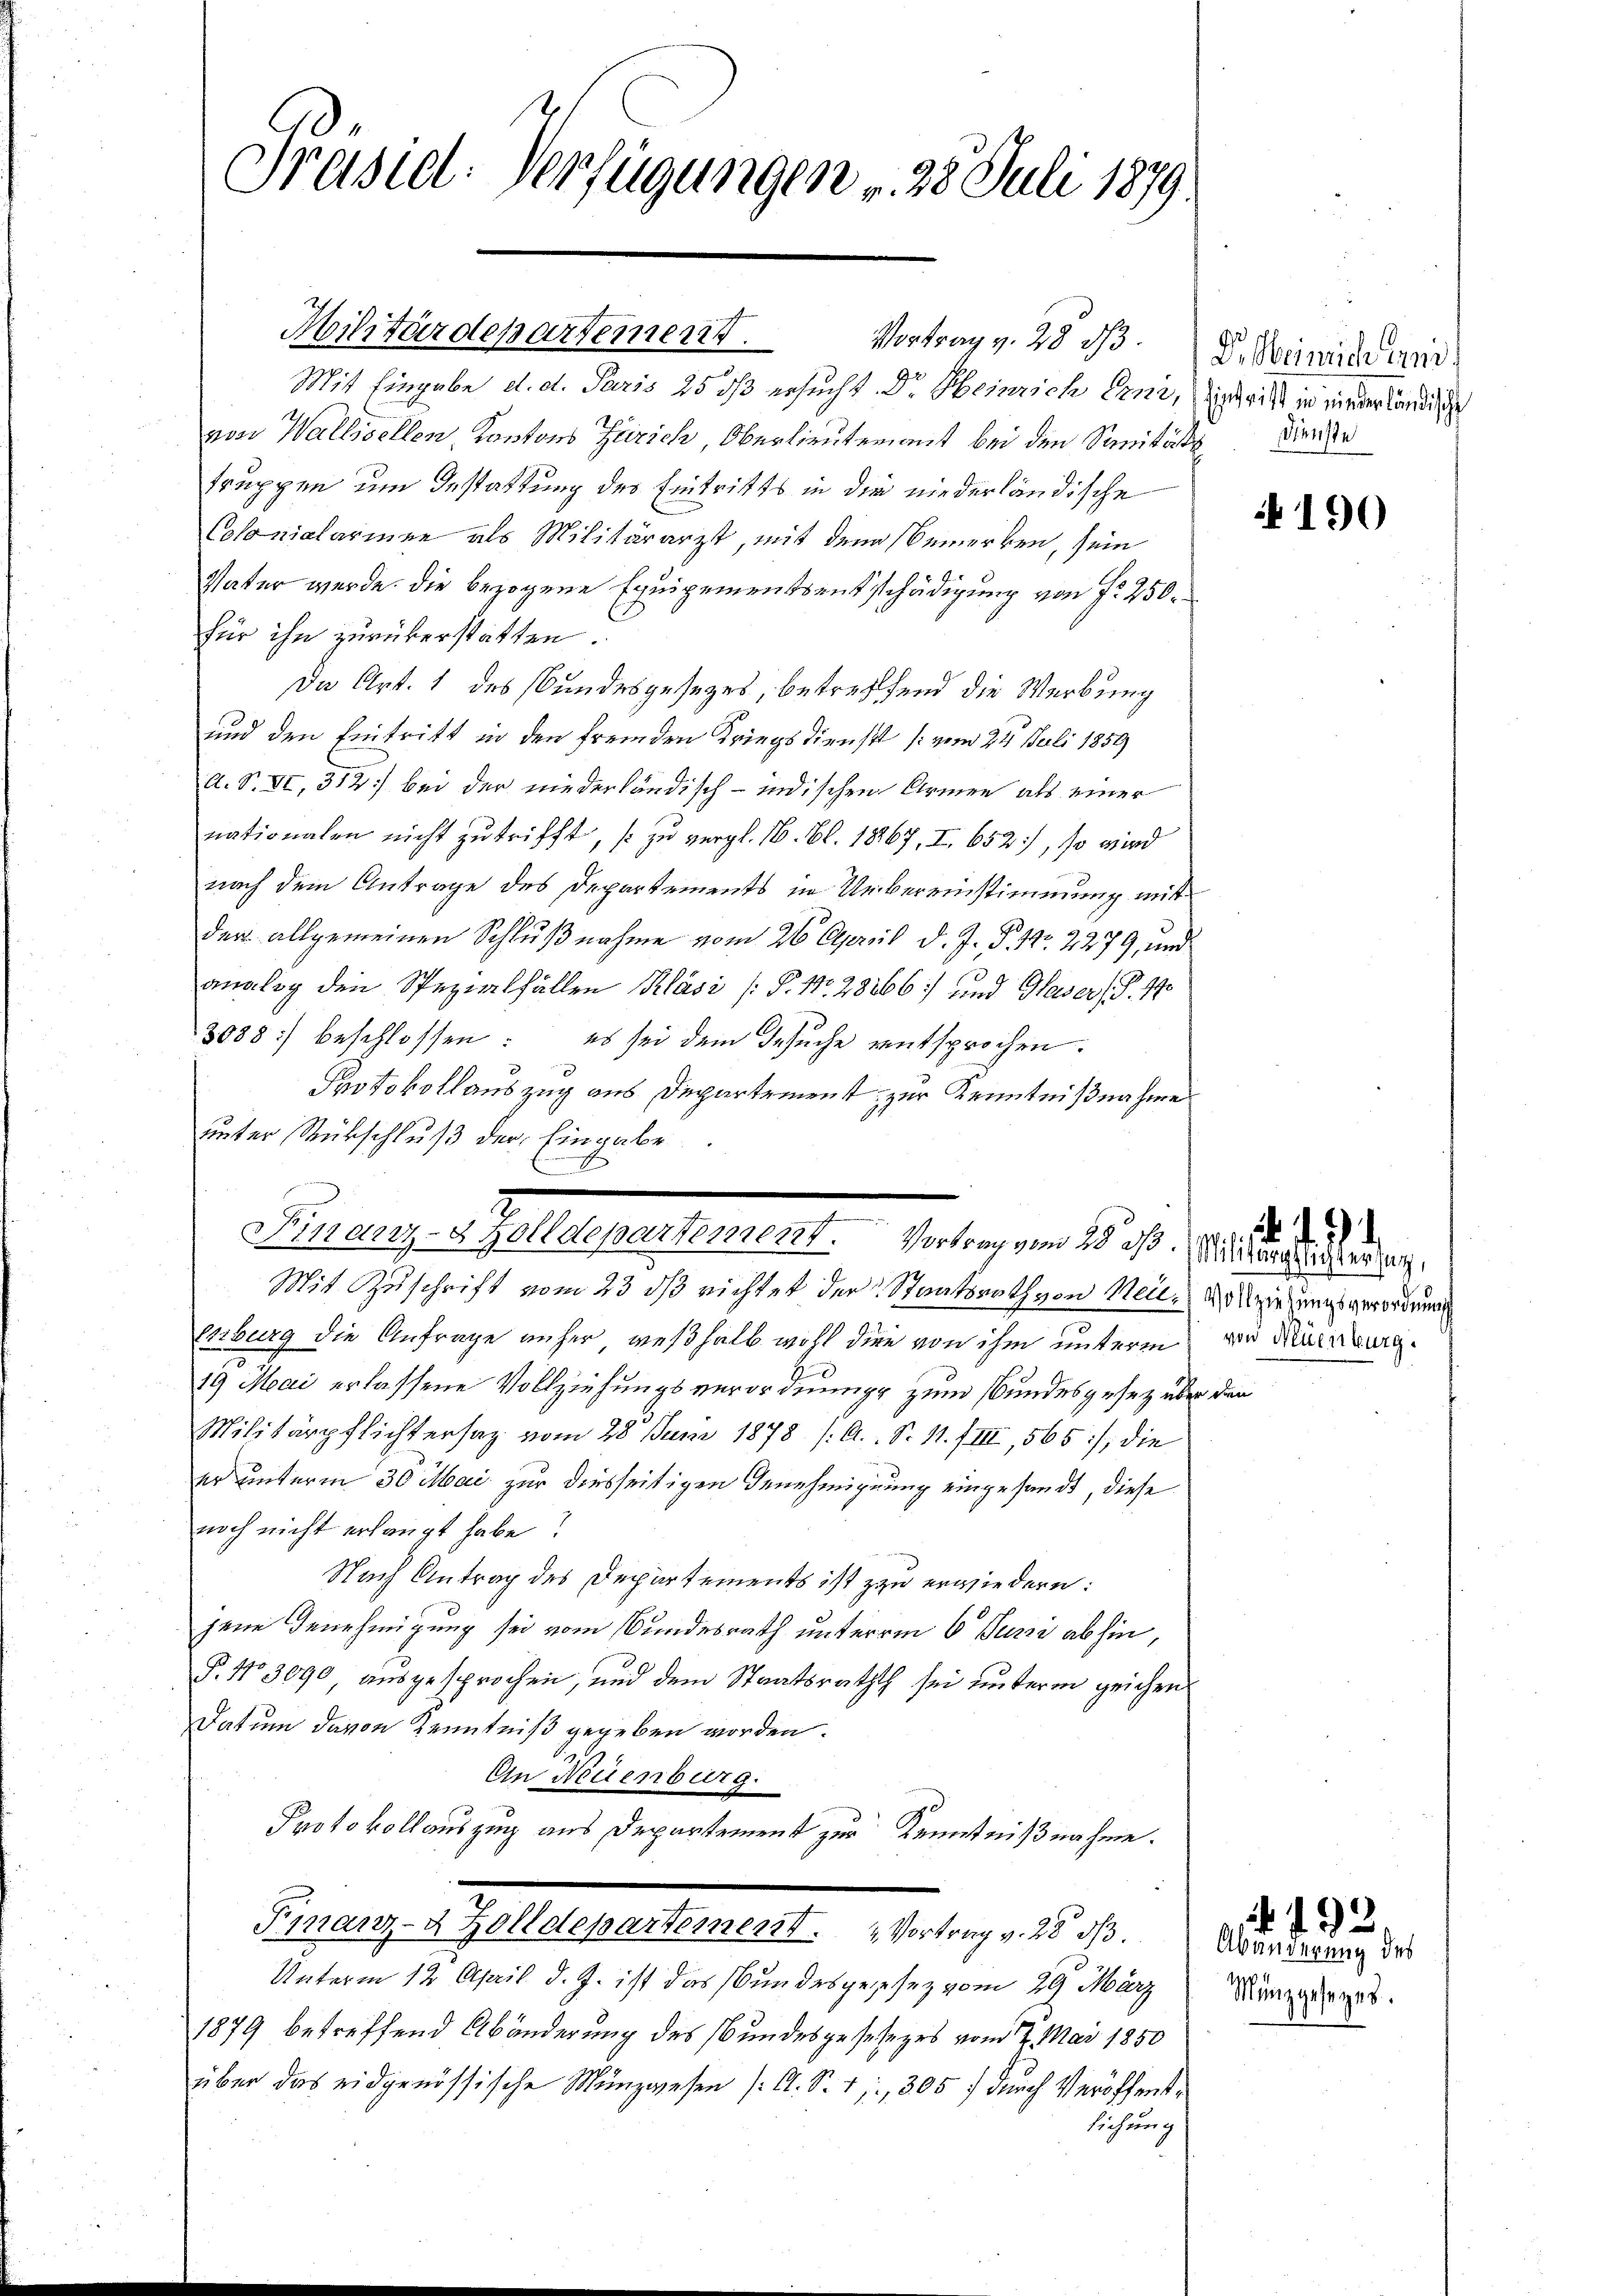
Präsid. Verfügungen v. 28. Juli 1879.

Mit Eingabe d. d. Paris 25 dß ersucht Dr. Heinrich Erni,
von Wallisellen, Kantons Zürich, Oberlieutenant bei den Sanität der
truppen um Gestattung des Eintritts in die niederländische
Colonialarinen als Militärarzt, mit den Bemerken, sein
Vater werde. Die bezogene Equipementsentschädigung von fr. 250.
für ihn zurükerstatten.
Da Art. 1 des Bundesgesezes, betreffend die Werbung
und den Eintritt in den fremden Kriegsdienst (vom 24. Juli 1859
A. S. VI, 312) bei der niederländisch-indischen Armen als einer
nationalen nicht zutrifft, zu vergl. 16. Bl. 1867, I. 652), so wird
nach dem Antrage des Departements in Uebereinstimmung mit
der allgemeinen Schlußnahme vom 26. April d. J. P. 11. 2279, und
analog den Spezialfällen Pläsi (P. Nr. 28266 und Glaser (§. 17
3088) beschlossen: es sei dem Gesuche entsprochen.
Protokollauszug aus Departement zur Kenntnißnahme
unter Rückschluß der Eingabe
Mit Zuschrift vom 23. ds richtet der Staatsrath von Neu- Vorziehungsverordnung
Erzburg die Anfrage anher, weßhalb wohl dien von ihm unterm von Nürnburg.
19 Mai erlassene Vollziehungsverordnung zum Bundesgesetz über den
Militärpflichtersaz vom 28. Juni 1878 (A.. S. 11. III, 565), die
er unterm 30 Mai zur diesseitigen Genehmigung eingesandt, diese
noch nicht erlangt habe?
Nach Antrag des Departements ist zu erwiedern:
jene Genehmigung sei vom Bundesrath unterm 6. Juni abhin,
P. 110 3090, ausgesprochen, und dem Staatsrathth sei unterm zeichen
Datum davon Kenntniß gegeben worden.
An Neuenburg.
Protokollauszug aus Departement zur Kenntnißnahme.
Finanz-2 Zolldepartement. Vortrag v. 28 d.
Unterm 12. April d. J. ist das Bundesgesehen vom 29. März
1879 betreffend Abänderung des Bundesgesetzes vom 7. Mai 1850
über das eidgenössische Münzwesen (O. S. 11,305 f durch Veröffent
lichung

Militärdepartement. Vortrag v. 28 d

Perung in alle gesehe als eines Antrag an d. d. 10. diesen

D. Heinrich und
Eintritt in nieder ländische

190

¬

Abänderung des
Münzgesezes.

492.